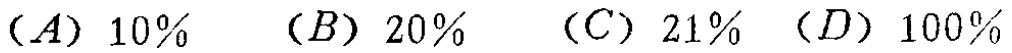
$(A)\ 10\% \quad (B)\ 20\% \quad (C)\ 21\% \quad (D)\ 100\%$